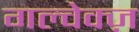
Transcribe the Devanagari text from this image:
गल्वेक्ज़